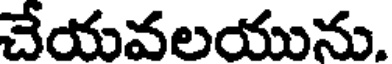
చేయవలయును.